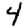
Digit: 4